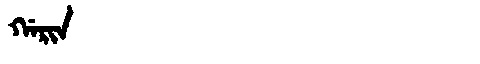
Manchu: ᡤᠠᡵᡳᠨ
Romanization: GARIN